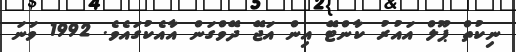
ނިކުތް ޕޫލް އައުރު ކާންޓޭ އިން އަޖޭ ދޭވްގަން އާއެކުގައެވެ. 1992 ވަނަ